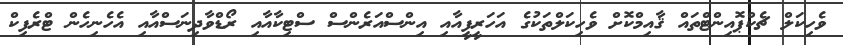
ވެހިކަލް ޗެކްޕޮއިންޓްތައް ޤާއިމްކޮށް ވެހިކަލްތަކުގެ އަހަރީފީއާއި އިންސްއަރެންސް ސްޓިކާއާއި ރޯޑްވާދިނަސްއާއި އެހެނިހެން ޓްރެފިކް